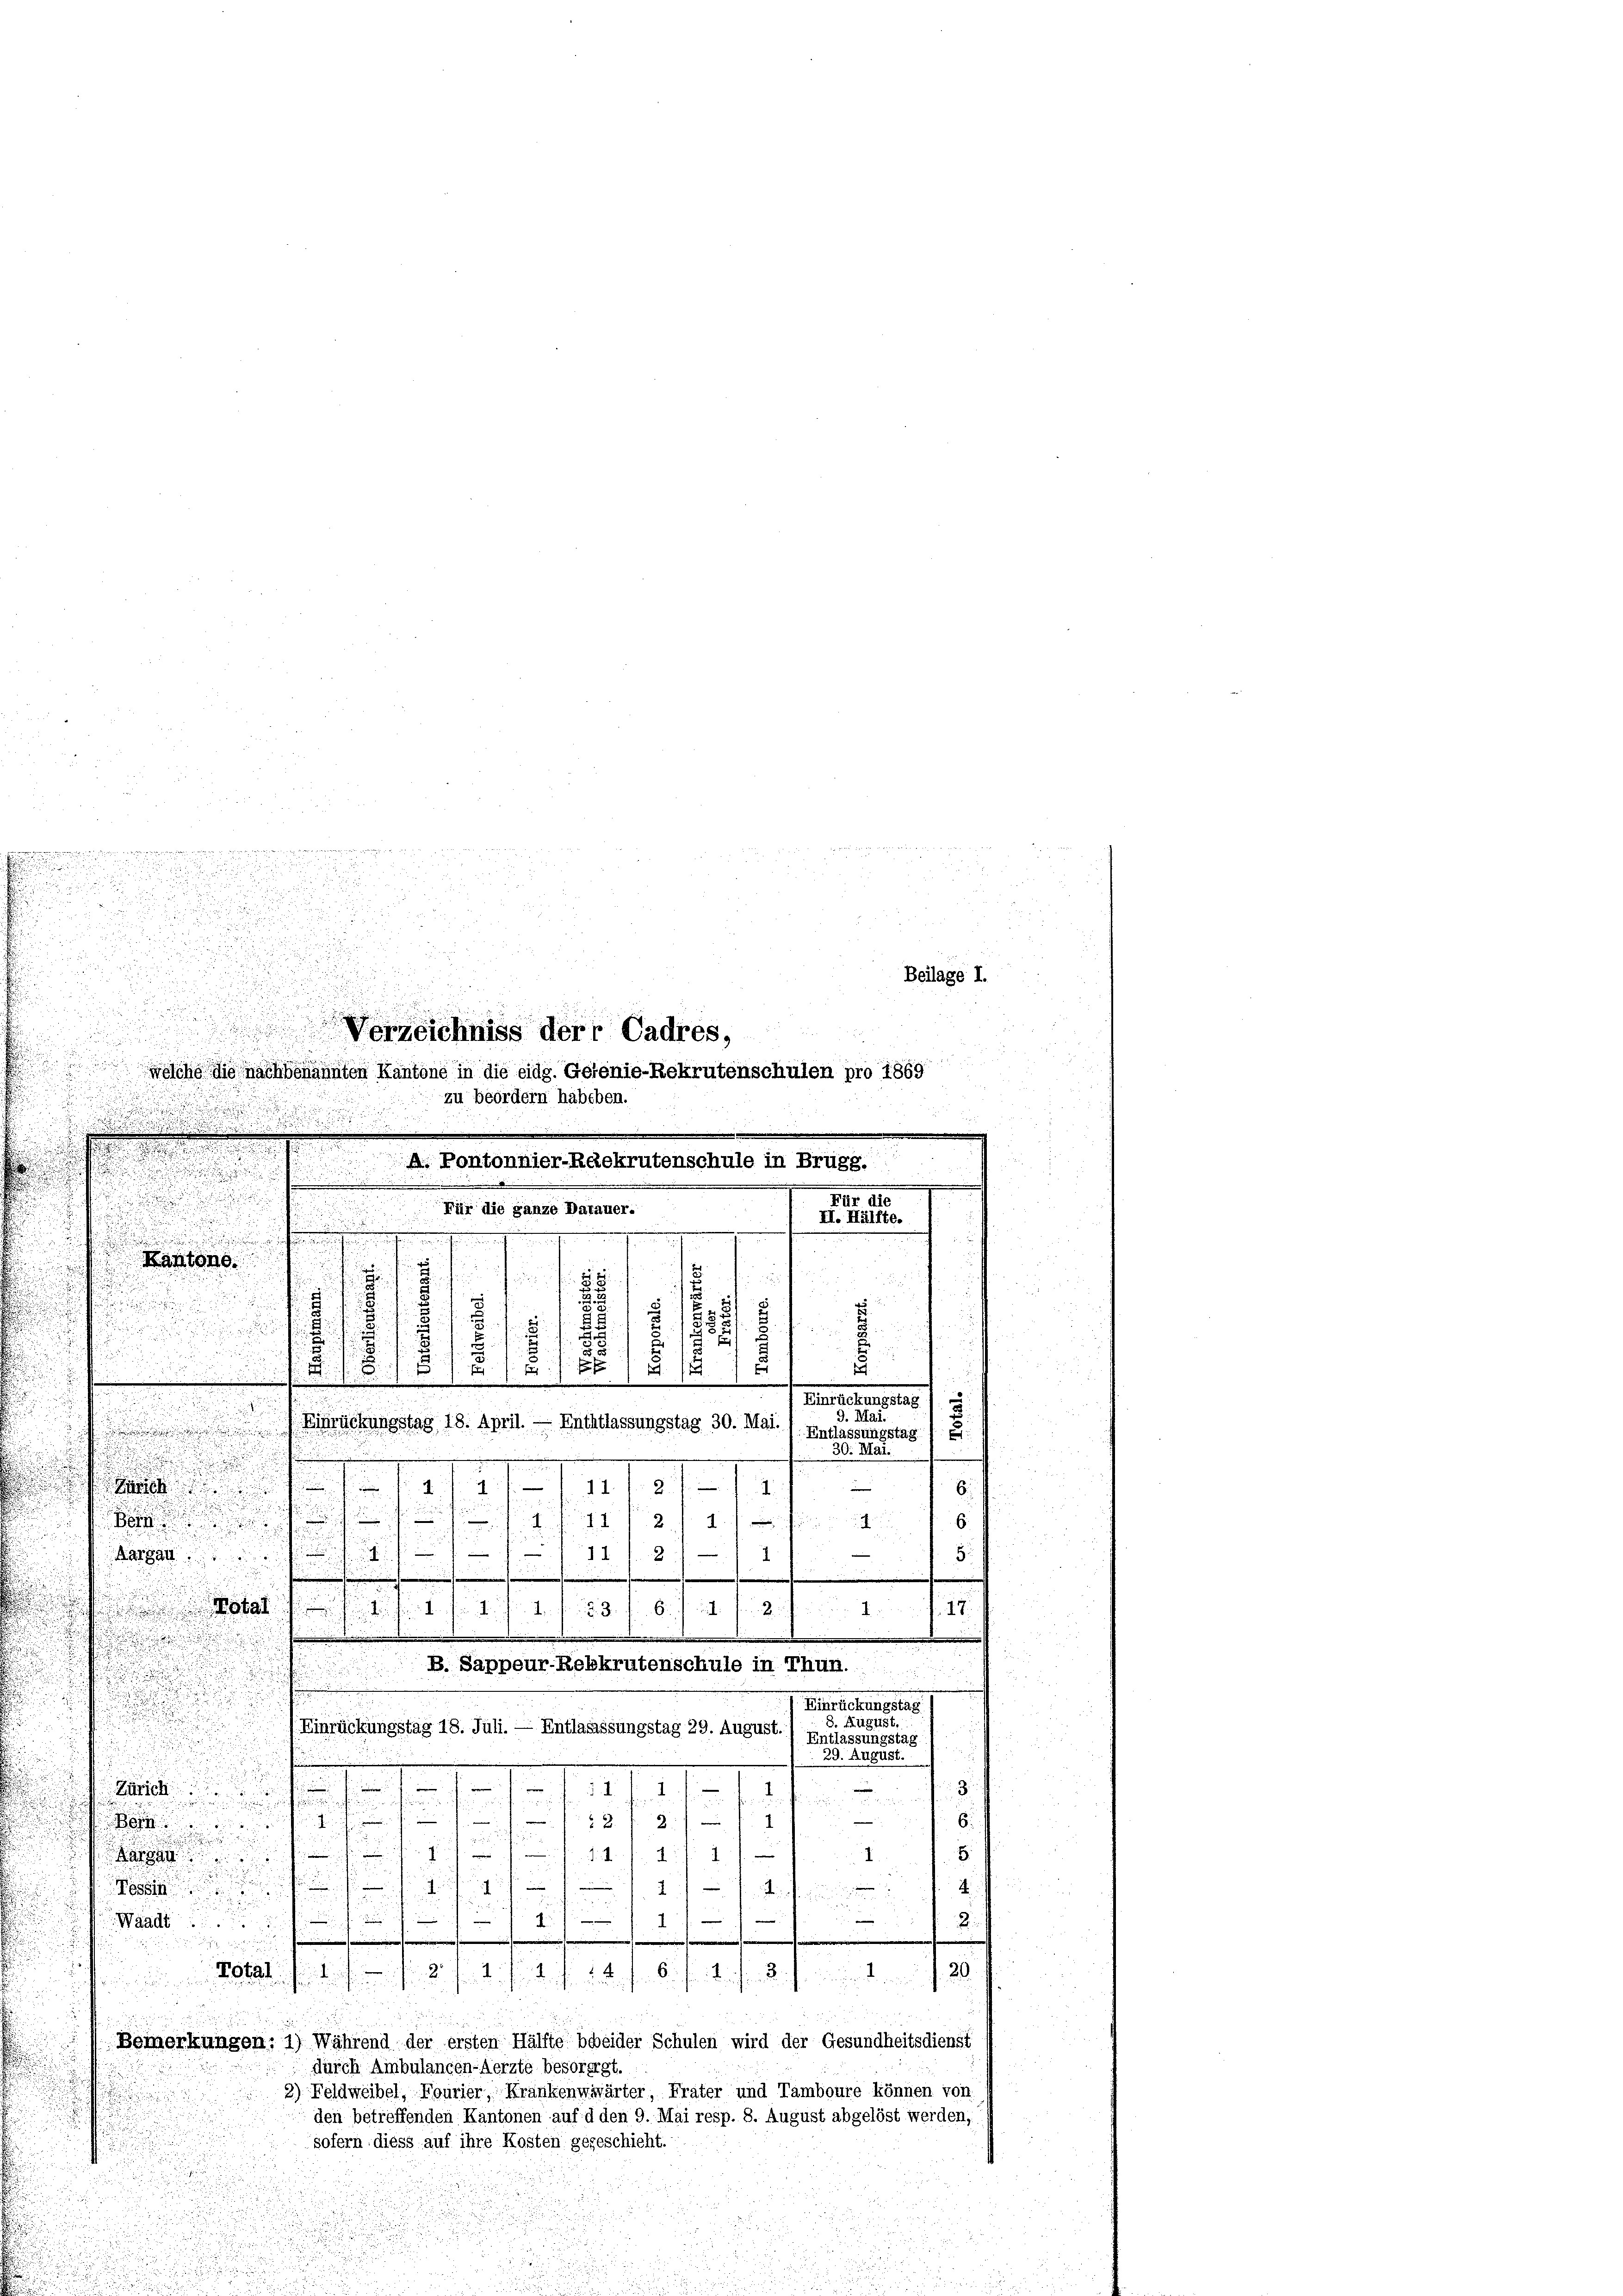
Kantons

.
m |

i
.
k
1.

.
.

e

7
Margau

.
2
d
r
h
4
J. 17

B. Sappeur-Rebkrutenschule in Thun.
Einreichungstag
8. August.
Einrückungstag 18. Juli. — Entlagessungstag 29. August.) Entlassungstag
 29. August.
i

3
.
rich
.
i
.
d

 2 x 2 f
.

E
g
e
.
m
s gut
a

.
—

Weicherun
A

.
Waadt
2

i

 die
§ § 16. 11
4
Total 1 1/
......
Bemerkungen: 1) Während der ersten Hälfte beeider Schulen wird der Gesundheitsdienst
durch Ambulancen-Aerzte besorergt.
2) Feldweibel, Fourier, Kränkenwwärter, Frater und Tamboure können von
den betreffenden Kantonen auf d den 9. Mai resp. 8. August abgelöst werden,
sofern diess auf ihre Kosten gegeschieht.

s

.

d

A. Pontonnier-Ruekrutenschule in Brugg.

.

Für die ganze Datauer.

d

gerechen u. wie er in seinen von
xx
d
.
.
d
u
Beilage I.
n
n
d
Verzeichniss der Cadres,
olche die nachbenannten Kantone in die eidg. Gefenie-Rekrutenschulen pro 1869
 zu beordern habeben.

.
.
Für die
II. Hälfte.
u
H

.
1
u
5
8

.
12
u
.
f
u
.
s
8
n
1
Semesteuertes
9. Mai.
Einrückungstag 18. April. — Enthtlassungstag 30. Mal. 1. Entlassungstag

30. Mai.

6.
6.
5